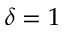
\delta = 1